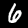
Digit: 6